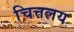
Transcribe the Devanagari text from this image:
चित्तलय